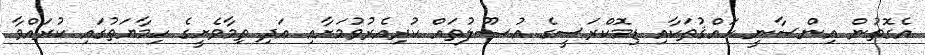
އެގޮތުން އިންސާނީ ހައްޤުތަކާއި ޑިމޮކްރަސީގެ އުޞޫލުތައް ކުރިއެރުވުމަށާއި އަދި ތިމާވެށީގެ ހިމާޔަތުގައި ކުރައްވާ